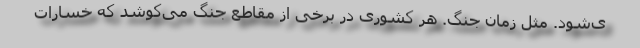
ی‌شود. مثل زمان جنگ. هر کشوری در برخی از مقاطع جنگ می‌کوشد که خسارات